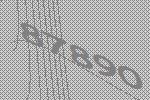
87890